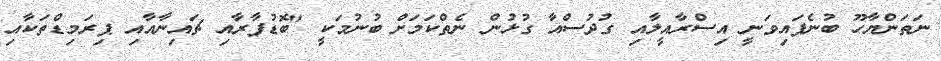
ނަތަންޔާހޫ ބުނެފައިވަނީ އިސްރާއީލާއި ގުދުސްއާ ގުޅުން ނެތްކަމަށް ބުނުމަކީ "ބޮޑުފާރާއި ޗައިނާއާއި ޕިރަމިޑްތަކާއި